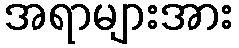
အရာများအား